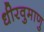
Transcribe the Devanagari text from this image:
धीरवुमाणु